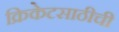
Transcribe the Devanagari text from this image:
क्रिकेटसाठीची